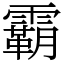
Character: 霸